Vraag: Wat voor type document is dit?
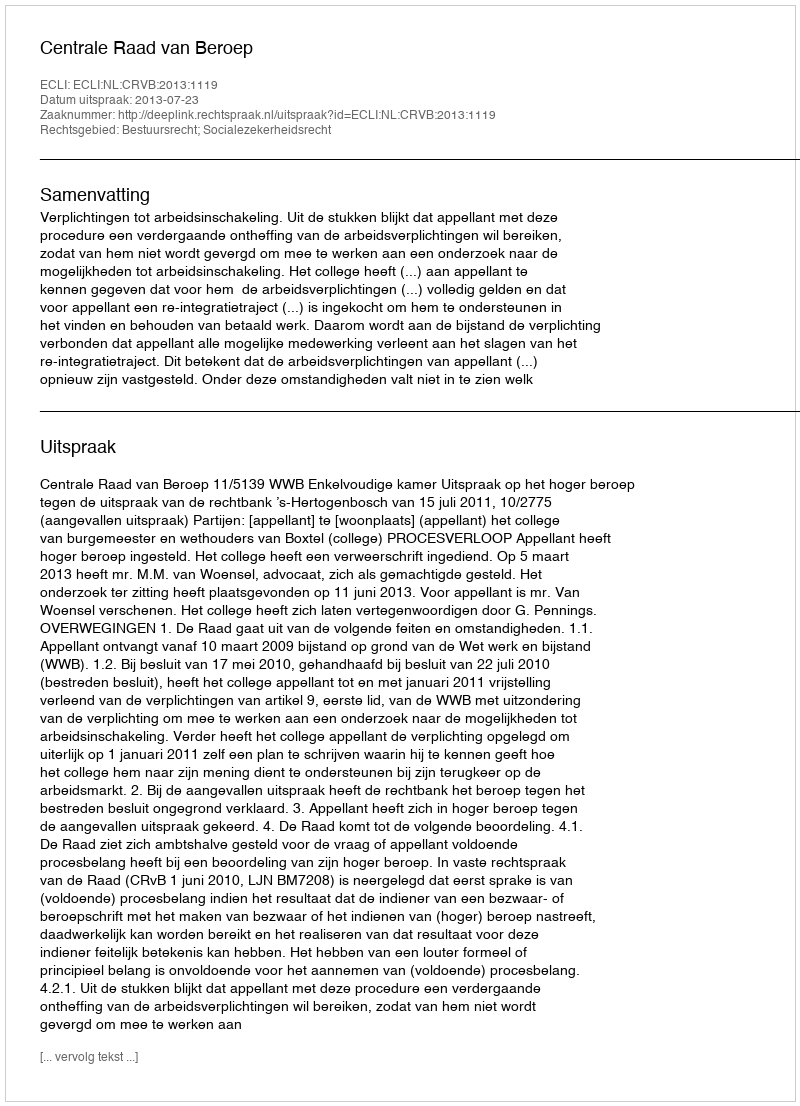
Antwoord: Uitspraak